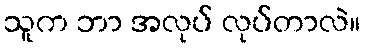
သူက ဘာ အလုပ် လုပ်တာလဲ။